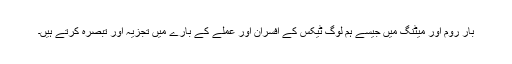
بار روم اور میٹنگ میں جیسے ہم لوگ ٹیکس کے افسران اور عملے کے بارے میں تجزیہ اور تبصرہ کرتے ہیں۔